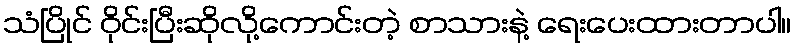
သံပြိုင် ဝိုင်းပြီးဆိုလို့ကောင်းတဲ့ စာသားနဲ့ ရေးပေးထားတာပါ။